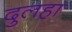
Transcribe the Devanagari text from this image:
दुलहा